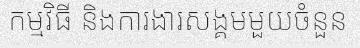
កម្មវិធី និងការងារសង្គមមួយចំនួន